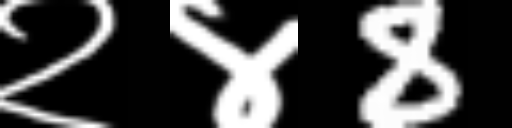
Text: २४8